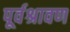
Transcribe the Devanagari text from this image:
पूर्वश्रावण